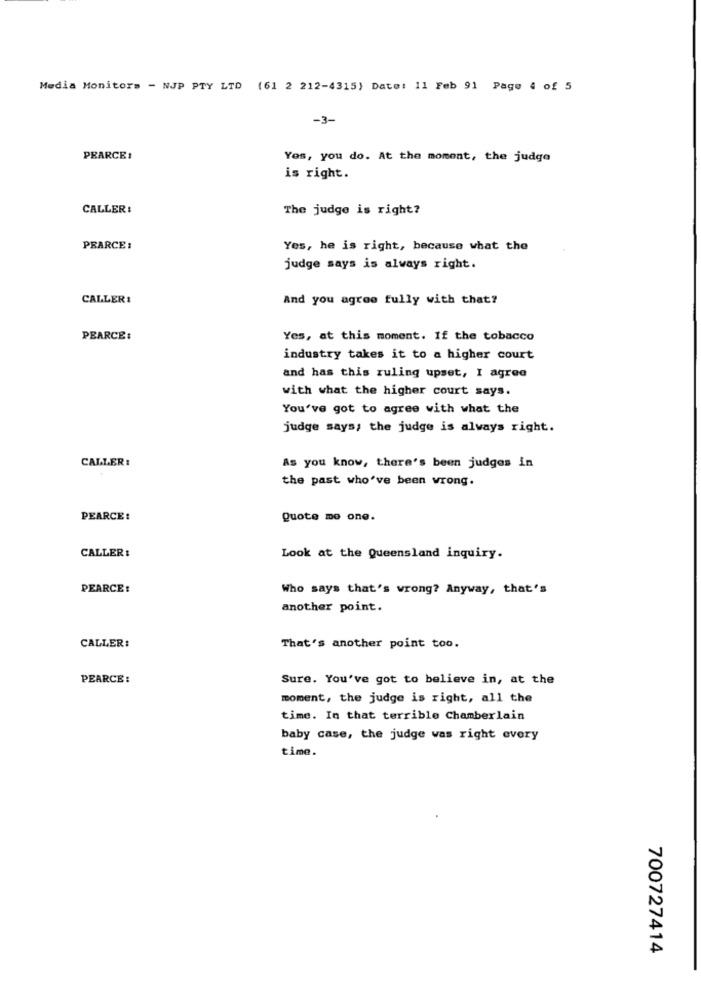
Media Monitors - NJP PTY LTD (61 2 212-4315) Date: 11 Feb 91 Page 4 of 5
-3-
PEARCE :
Yes, you do. At the moment, the judge
is right.
CALLER !
The judge is right?
PEARCE:
Yes, he is right, because what the
judge says is always right.
CALLER:
And you agree fully with that?
PEARCE:
Yes, at this moment. If the tobacco
industry takes it to a higher court
and has this ruling upset, I agree
with what the higher court says.
You've got to agree with what the
judge says; the judge is always right.
CALLER :
As you know, there's been judges in
the past who've been wrong.
PEARCE:
Quote me one.
CALLER :
Look at the Queensland inquiry.
PEARCE:
Who says that's wrong? Anyway, that's
another point.
CALLER:
That's another point too.
PEARCE :
Sure. You've got to believe in, at the
moment, the judge is right, all the
time. In that terrible Chamberlain
baby case, the judge was right every
time.
700727414